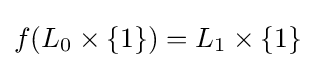
f(L_{0}\times \{1\})=L_{1}\times \{1\}